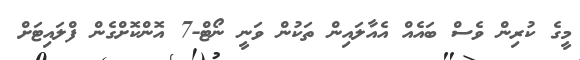
މީގެ ކުރިން ވެސް ބައެއް އެއާލައިން ތަކުން ވަނީ ނޯޓް-7 އޮންކޮށްގެން ފްލައިޓަށް